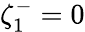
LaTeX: \zeta_{1}^{-}=0